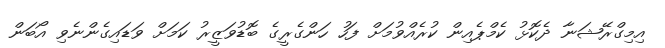
އިމިގްރޭޝަނާ ދެކޮޅު ކެމްޕެއިން ކުރެއްވުމަށް ފަހު ހަންގެރީގެ ބޮޑުވަޒީރު ކަމަށް ވަޑައިގެންނެވި އޯބަން